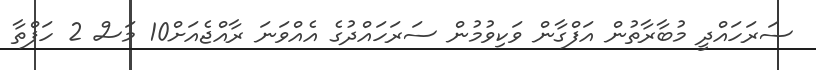
ސަރަހައްދީ މުބާރާތުން އަފްގާން ވަކިވުމުން ސަރަހައްދުގެ އެއްވަނަ ރާއްޖެއަށް10 މަސް 2 ހަފްތާ